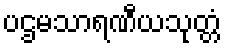
ပဌမသာရဏီယသုတ္တံ